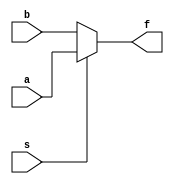
module mux2to1_beh (a,b,s,f) ;
	input a,b,s ;
	output f ;
	reg f ;
	always @(s or a or b)
		if (s==1) f = a ;
		else f = b ;
endmodule

module testbench ;
	reg a,b,s ;
	wire f ;
	mux2to1_beh muxy (a,b,s,f) ;
	initial
		begin
			$monitor (, $time , " a = %b , b = %b , s = %b , f = %b" , a , b , s , f) ;
			#0 a=1'b0 ; b=1'b1 ;
			#2 s=1'b1 ;
			#5 s=1'b0 ;
			#10 a=1'b1 ; b=1'b0 ;
			#15 s=1'b1 ;
			#20 s=1'b0 ;
			#100 $finish ;
		end
endmodule